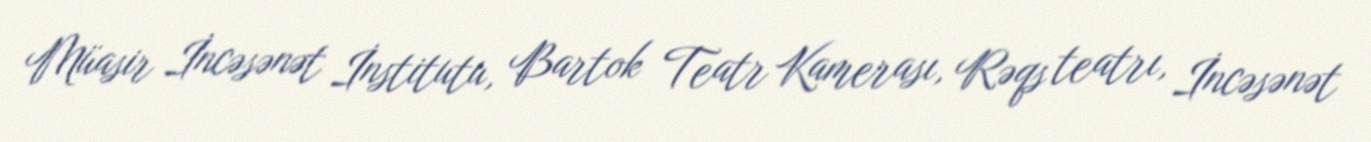
Müasir İncəsənət İnstitutu, Bartok Teatr Kamerası, Rəqs teatrı, İncəsənət